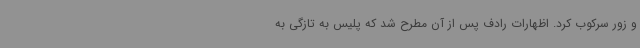
و زور سرکوب کرد. اظهارات رادف پس از آن مطرح شد که پلیس به تازگی به